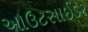
આઉટસાઈડર